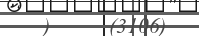
)     (3106)